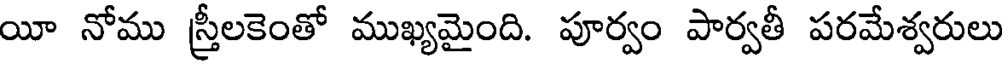
యీ నోము స్రీలకెంతో ముఖ్యమైంది. పూర్వం పార్వతీ పరమేశ్వరులు